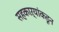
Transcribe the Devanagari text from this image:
सहकाऱ्यांकडून